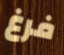
فرغ